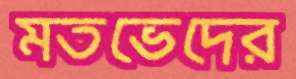
মতভেদের